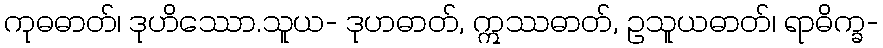
ကုဓဓာတ်၊ ဒုဟိဿော.သူယ- ဒုဟဓာတ်, ဣဿဓာတ်, ဥသူယဓာတ်၊ ရာဓိက္ခ-